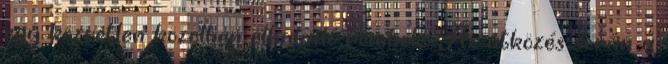
egy közvetlen közelben elhaladó romboló. Az ütközés során a